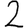
Digit: 2